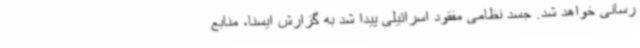
رسانی خواهد شد. جسد نظامی مفقود اسرائیلی پیدا شد به گزارش ایسنا، منابع